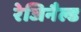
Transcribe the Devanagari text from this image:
रेजिनैल्ड